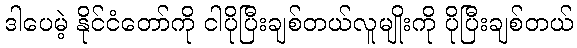
ဒါပေမဲ့ နိုင်ငံတော်ကို ငါပိုပြီးချစ်တယ်လူမျိုးကို ပိုပြီးချစ်တယ်